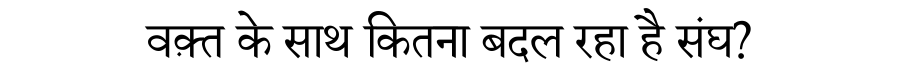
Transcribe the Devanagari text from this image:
वक़्त के साथ कितना बदल रहा है संघ?